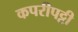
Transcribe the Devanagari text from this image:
कपरीपट्टी